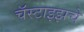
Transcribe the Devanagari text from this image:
चॅस्टाइझचे